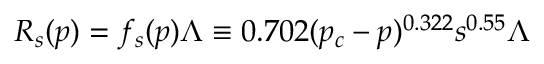
R _ { s } ( p ) = f _ { s } ( p ) \Lambda \equiv 0 . 7 0 2 ( p _ { c } - p ) ^ { 0 . 3 2 2 } s ^ { 0 . 5 5 } \Lambda